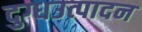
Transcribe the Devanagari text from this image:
दुग्धउत्पादन